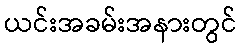
ယင်းအခမ်းအနားတွင်